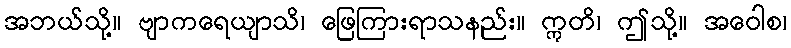
အဘယ်သို့။ ဗျာကရေယျာသိ၊ ဖြေကြားရာသနည်း။ ဣတိ၊ ဤသို့။ အဝေါစ၊